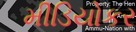
મીડિયોકર